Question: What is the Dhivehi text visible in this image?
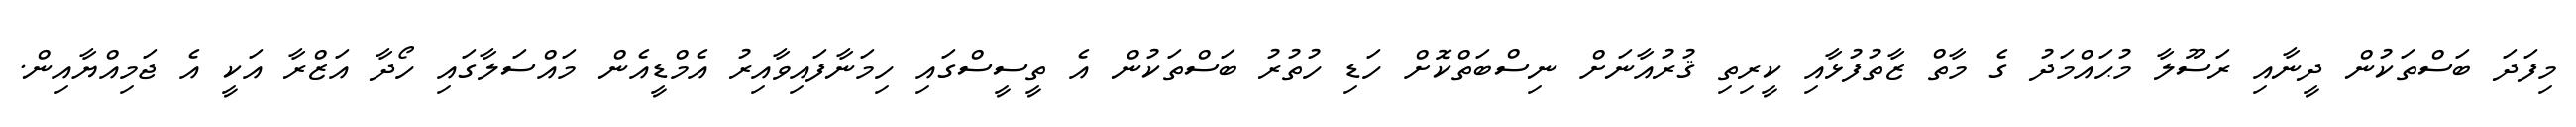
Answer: މިފަދަ ބަސްތަކުން ދީނާއި ރަސޫލާ މުޙައްމަދު ގެ މާތް ޒާތުފުޅާއި ކީރިތި ޤުރުއާނަށް ނިސްބަތްކޮށް ހަޑި ހުތުރު ބަސްތަކުން އެ ތީސީސްގައި ހިމަނާފައިވާއިރު އެމްޑީއެން މައްސަލާގައި ހޯދާ އަޒްރާ އަކީ އެ ޖަމިއްޔާއިން.